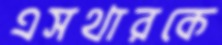
এসথারকে